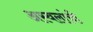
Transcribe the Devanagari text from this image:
अस्वलांची